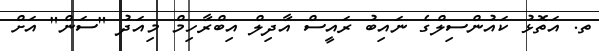
ތ. އަތޮޅު ކައުންސިލްގެ ނައިބު ރައީސް އާދިލް އިބްރާހިމް މިއަދު "ސަން" އަށް